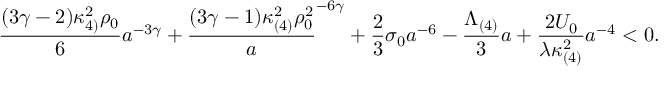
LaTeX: \frac { ( 3 \gamma - 2 ) \kappa _ { 4 ) } ^ { 2 } \rho _ { 0 } } { 6 } a ^ { - 3 \gamma } + \frac { ( 3 \gamma - 1 ) \kappa _ { ( 4 ) } ^ { 2 } \rho _ { 0 } ^ { 2 } } a ^ { - 6 \gamma } + \frac { 2 } { 3 } \sigma _ { 0 } a ^ { - 6 } - \frac { \Lambda _ { ( 4 ) } } { 3 } a + \frac { 2 { \cal U } _ { 0 } } { \lambda \kappa _ { ( 4 ) } ^ { 2 } } a ^ { - 4 } < 0 .